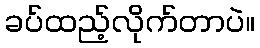
ခပ်ထည့်လိုက်တာပဲ။